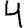
Digit: 4